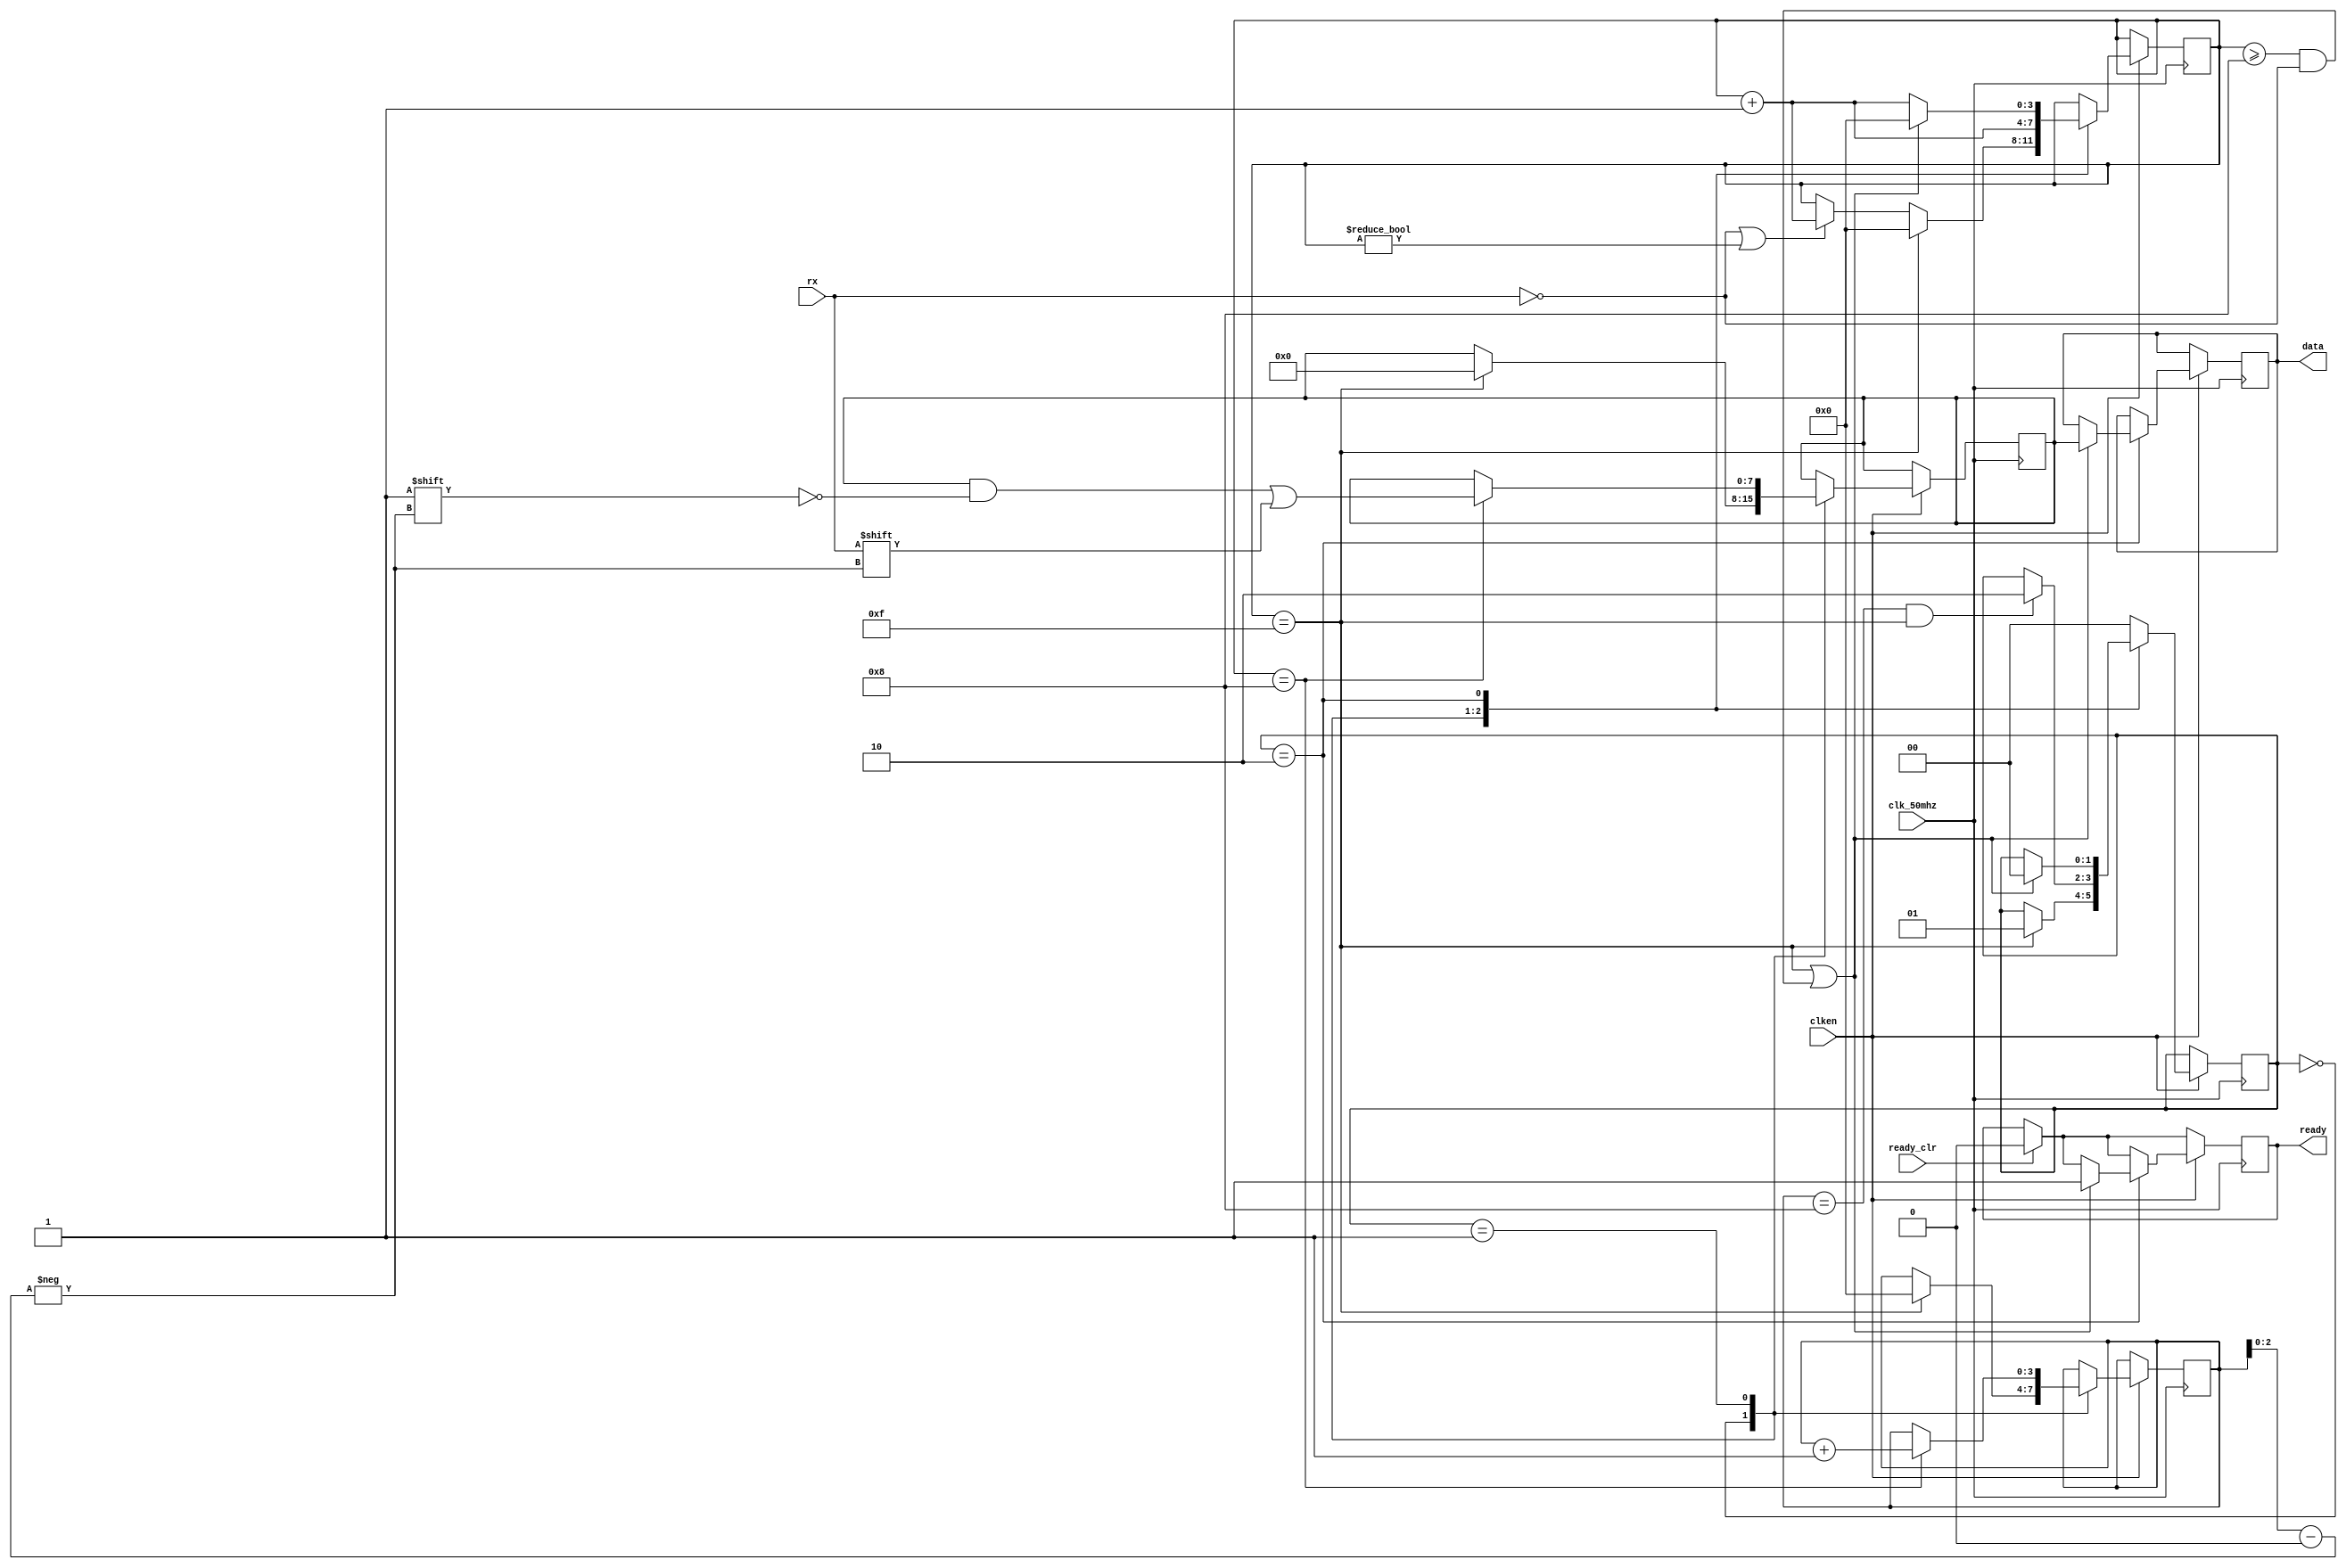

// RECEIVER MODULE WHICH SAMPLES THE INPUT DATA ACCORDING TO THE BAUD CLOCK.

module receiver(input wire rx,
		output reg ready,
		input wire ready_clr,
		input wire clk_50mhz,
		input wire clken,
		output reg [7:0] data);

initial begin
	ready = 0;
	data = 8'b0;
end

parameter RX_STATE_START	= 2'b00;
parameter RX_STATE_DATA		= 2'b01;
parameter RX_STATE_STOP		= 2'b10;

reg [1:0] state = RX_STATE_START;
reg [3:0] sample = 0;
reg [3:0] bit_position = 0;
reg [7:0] scratch = 8'b0;

always @(posedge clk_50mhz) begin
	if (ready_clr)
		ready <= 0;

	if (clken) begin
		case (state)
		
    RX_STATE_START: begin
			
			if (!rx || sample != 0)
				sample <= sample + 4'b1;

			if (sample == 15) begin
				state <= RX_STATE_DATA;
				bit_position <= 0;
				sample <= 0;
				scratch <= 0;
			end
		end
		
    RX_STATE_DATA: begin
			sample <= sample + 4'b1;
			if (sample == 4'h8) begin
				scratch[bit_position[2:0]] <= rx;
				bit_position <= bit_position + 4'b1;
			end
			if (bit_position == 8 && sample == 15)
				state <= RX_STATE_STOP;
		end
		
    RX_STATE_STOP: begin
			
      if (sample == 15 || (sample >= 8 && !rx)) begin
				state <= RX_STATE_START;
				data <= scratch;
				ready <= 1'b1;
				sample <= 0;
			end else begin
				sample <= sample + 4'b1;
			end
		end
		
    default: begin
			state <= RX_STATE_START;
		end
		endcase
	end
end

endmodule